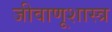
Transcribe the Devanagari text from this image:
जीवाणूशास्त्र